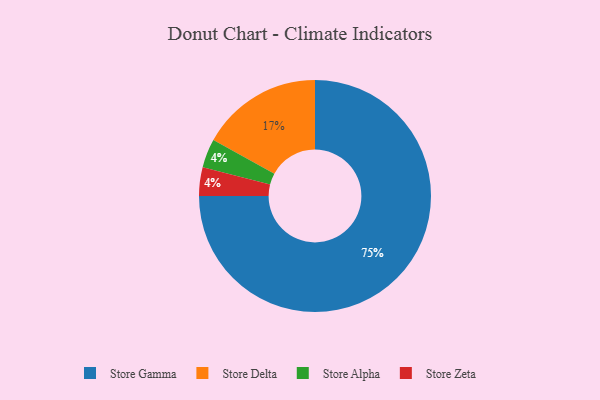
{"axis": {"x": "Category", "y": "Percentage"}, "legend": ["Store Alpha", "Store Delta", "Store Gamma", "Store Zeta"], "data": [{"x": "Store Alpha", "y": 4, "type": "Store Alpha"}, {"x": "Store Delta", "y": 17, "type": "Store Delta"}, {"x": "Store Gamma", "y": 75, "type": "Store Gamma"}, {"x": "Store Zeta", "y": 4, "type": "Store Zeta"}]}